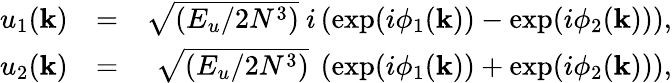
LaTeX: \begin{array}{rlr}{u_{1}(\mathbf{k})}&{=}&{\sqrt{(E_{u}/2N^{3})}\ i\left(\exp(i\phi_{1}(\mathbf{k}))-\exp(i\phi_{2}(\mathbf{k}))\right),}\\ {u_{2}(\mathbf{k})}&{=}&{\sqrt{(E_{u}/2N^{3})}\ \left(\exp(i\phi_{1}(\mathbf{k}))+\exp(i\phi_{2}(\mathbf{k}))\right),}\end{array}